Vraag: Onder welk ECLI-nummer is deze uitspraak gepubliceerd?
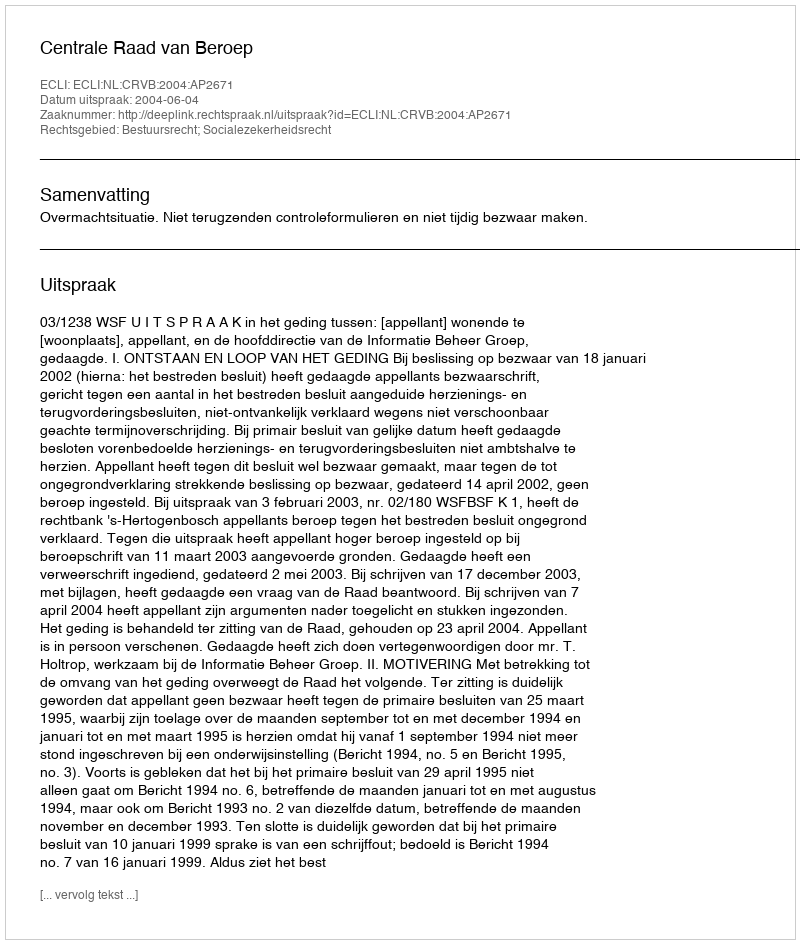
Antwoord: ECLI:NL:CRVB:2004:AP2671